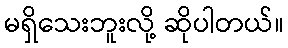
မရှိသေးဘူးလို့ ဆိုပါတယ်။